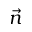
\vec { n }